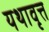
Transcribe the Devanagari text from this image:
यथावृत्त